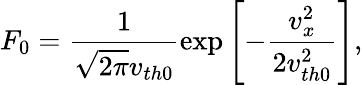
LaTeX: F_{0}=\frac{1}{\sqrt{2\pi}v_{th0}}\exp\left[-\frac{v_{x}^{2}}{2v_{th0}^{2}}\right],